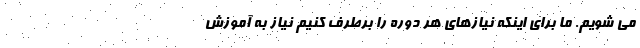
می شویم. ما برای اینکه نیازهای هر دوره را برطرف کنیم نیاز به آموزش